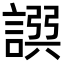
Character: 𧩿